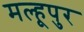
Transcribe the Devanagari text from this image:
मल्हूपुर